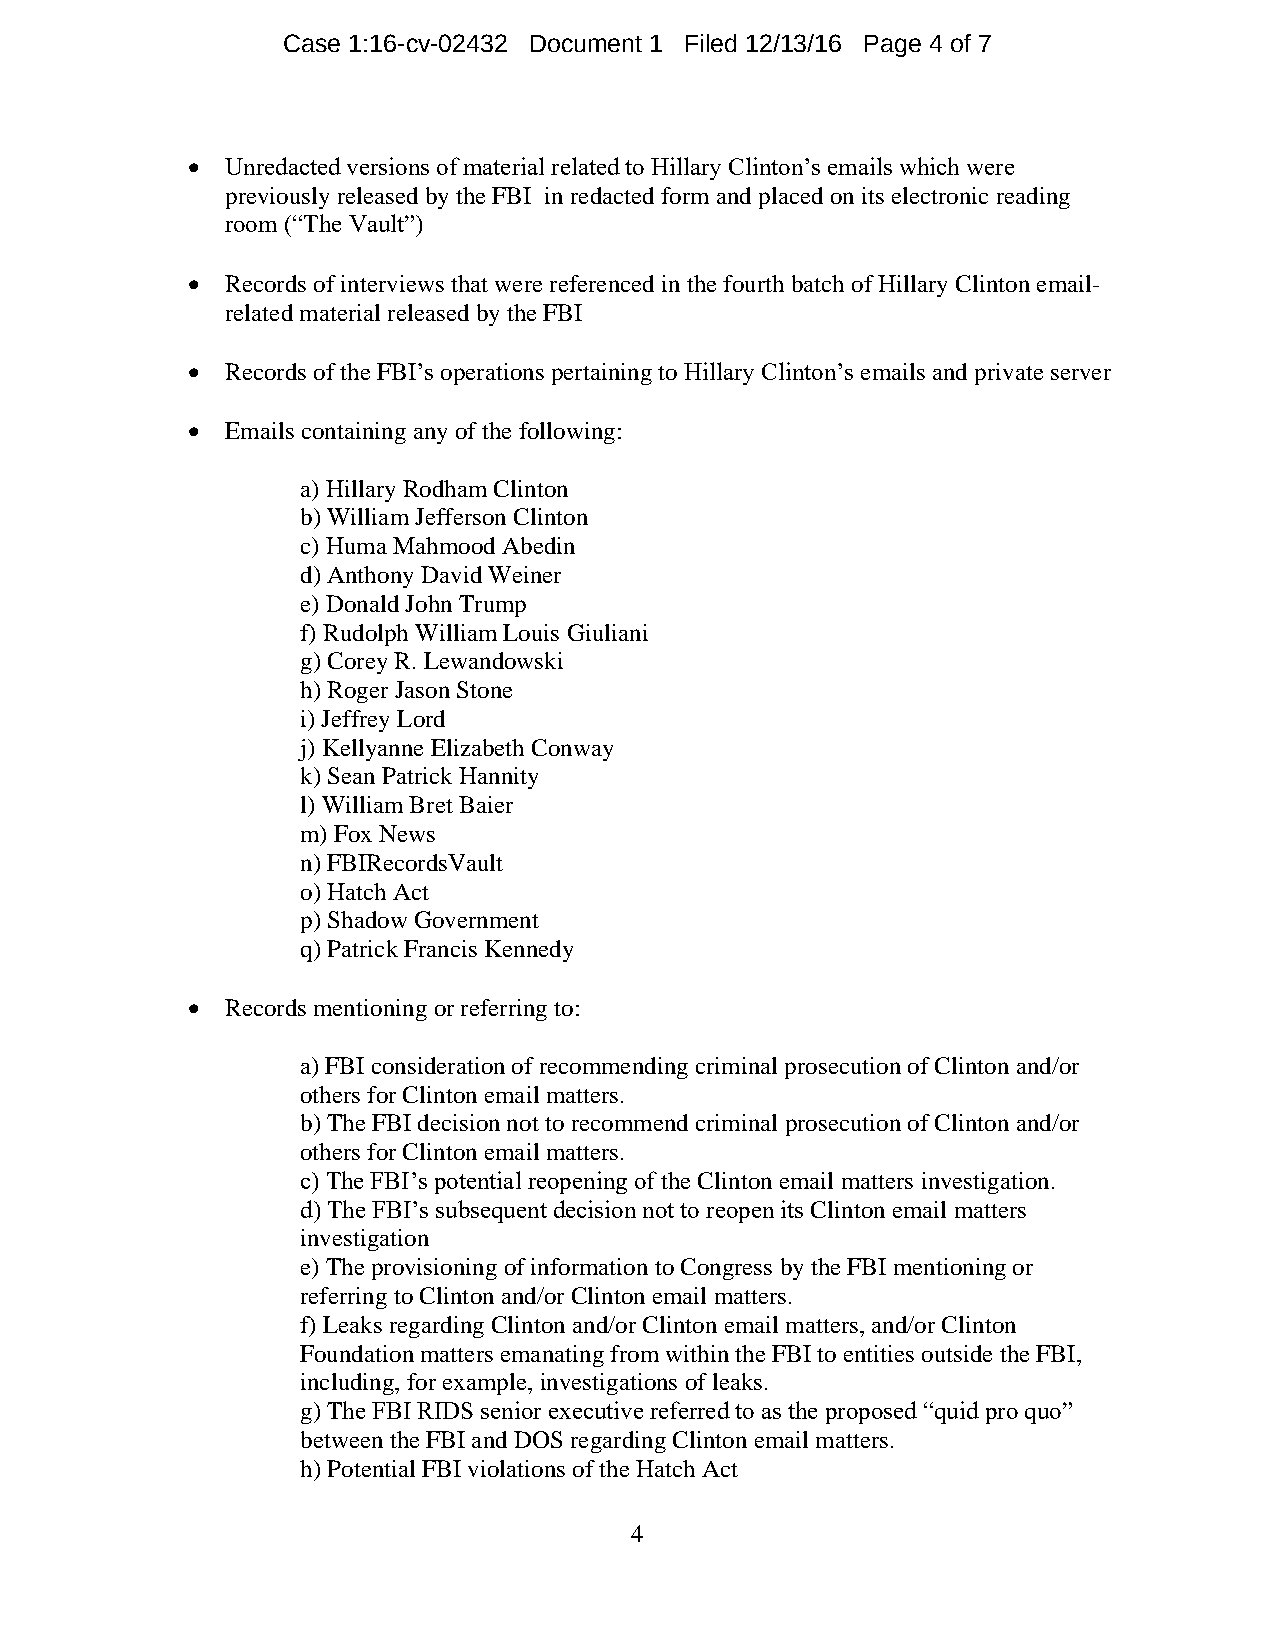
Case 1:16-cv-02432 Document 1 Filed 12/13/16 Page 4 of 7
   Unredacted versions of material related to Hillary Clinton’s emails which were
 previously released by the FBI in redacted form and placed on its electronic reading
 room (“The Vault”)
   Records of interviews that were referenced in the fourth batch of Hillary Clinton email-
 related material released by the FBI
   Records of the FBI’s operations pertaining to Hillary Clinton’s emails and private server
   Emails containing any of the following:
 a) Hillary Rodham Clinton
 b) William Jefferson Clinton
 c) Huma Mahmood Abedin
 d) Anthony David Weiner
 e) Donald John Trump
 f) Rudolph William Louis Giuliani
 g) Corey R. Lewandowski
 h) Roger Jason Stone
 i) Jeffrey Lord
 j) Kellyanne Elizabeth Conway
 k) Sean Patrick Hannity
 l) William Bret Baier
 m) Fox News
 n) FBIRecordsVault
 o) Hatch Act
 p) Shadow Government
 q) Patrick Francis Kennedy
   Records mentioning or referring to:
 a) FBI consideration of recommending criminal prosecution of Clinton and/or
 others for Clinton email matters.
 b) The FBI decision not to recommend criminal prosecution of Clinton and/or
 others for Clinton email matters.
 c) The FBI’s potential reopening of the Clinton email matters investigation.
 d) The FBI’s subsequent decision not to reopen its Clinton email matters
 investigation
 e) The provisioning of information to Congress by the FBI mentioning or
 referring to Clinton and/or Clinton email matters.
 f) Leaks regarding Clinton and/or Clinton email matters, and/or Clinton
 Foundation matters emanating from within the FBI to entities outside the FBI,
 including, for example, investigations of leaks.
 g) The FBI RIDS senior executive referred to as the proposed “quid pro quo”
 between the FBI and DOS regarding Clinton email matters.
 h) Potential FBI violations of the Hatch Act
 4